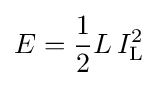
E={\frac {1}{2}}L\,I_{\text{L}}^{2}